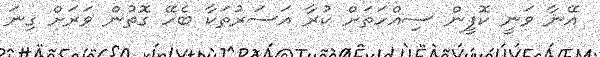
އޭނާ ވަނީ ކޮފީން ސިއްހަތަށް ކުރާ އަސަރުތަކާ ބެހޭ ގޮތުން ވަރަށް ގިނަ